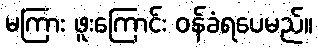
မကြား ဖူးကြောင်း ဝန်ခံရပေမည်။